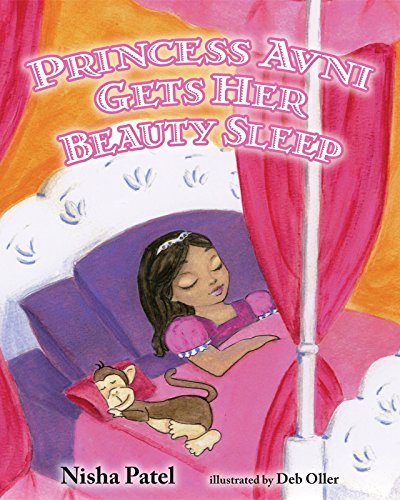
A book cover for Princess Avni Gets her Beauty Sleep; Nisha Patel; Children's Books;